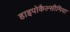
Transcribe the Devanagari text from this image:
हाइपोकैल्सीमिया